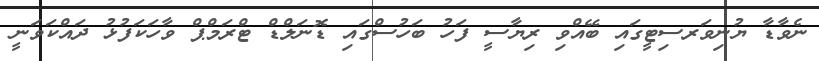
ނެވާޑާ ޔުނިވަރސިޓީގައި ބޭއްވި ރިޔާސީ ފަހު ބަހުސްގައި ޑޮނަލްޑް ޓްރަމްޕް ވާހަކަފުޅު ދައްކަވަނީ